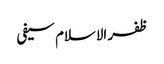
ظفر الاسلام سیفی